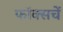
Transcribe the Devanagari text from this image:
फॉक्सचें